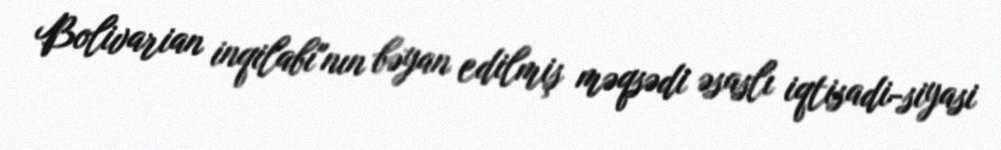
Bolivarian inqilabı"nın bəyan edilmiş məqsədi əsaslı iqtisadi-siyasi